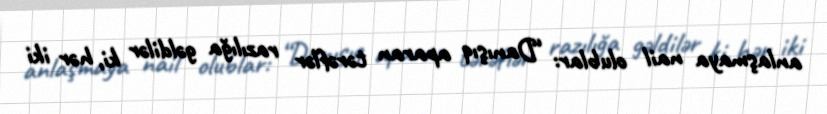
anlaşmaya nail olublar: “Danışıq aparan tərəflər razılığa gəldilər ki, hər iki